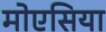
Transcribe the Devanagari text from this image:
मोएसिया